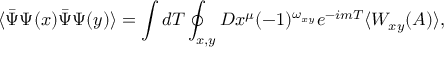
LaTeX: \langle \bar { \Psi } \Psi ( x ) \bar { \Psi } \Psi ( y ) \rangle = \int d T \oint _ { x , y } { \cal D } x ^ { \mu } ( - 1 ) ^ { \omega _ { x y } } e ^ { - i m T } \langle W _ { x y } ( A ) \rangle ,